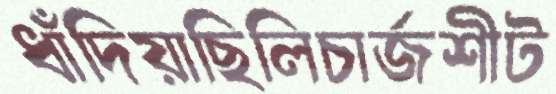
ধাঁদিয়াছিলিচার্জশীট